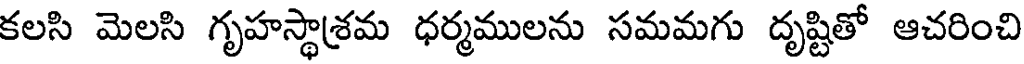
కలసి మెలసి గృహస్థాశ్రమ ధర్మములను సమమగు దృష్టితో ఆచరించి